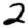
Digit: 2